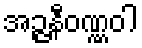
အဉ္ဇနီဝဏ္ဏဝါ